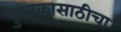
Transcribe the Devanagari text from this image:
पुस्तकासाठीचा